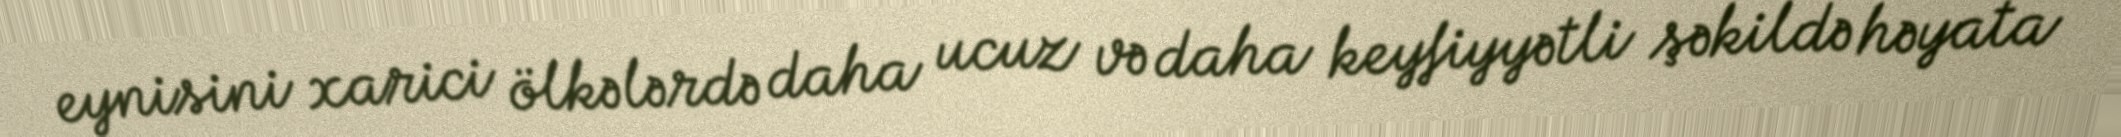
eynisini xarici ölkələrdə daha ucuz və daha keyfiyyətli şəkildə həyata